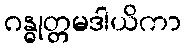
ဂန္ဓုတ္တမဒါယိကာ